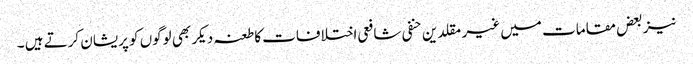
نیز بعض مقامات میں غیر مقلدین حنفی شافعی اختلافات کا طعنہ دیکر بھی لوگوں کو پریشان کرتے ہیں ۔